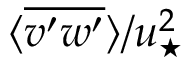
\langle \overline { { v ^ { \prime } w ^ { \prime } } } \rangle / u _ { \star } ^ { 2 }